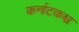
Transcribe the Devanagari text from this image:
कर्नाटकश्च